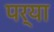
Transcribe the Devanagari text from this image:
पर्या